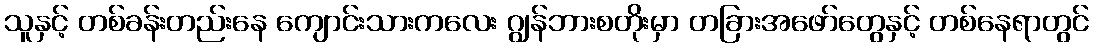
သူနှင့် တစ်ခန်းတည်းနေ ကျောင်းသားကလေး ဂျွန်ဘားစတိုးမှာ တခြားအဖော်တွေနှင့် တစ်နေရာတွင်